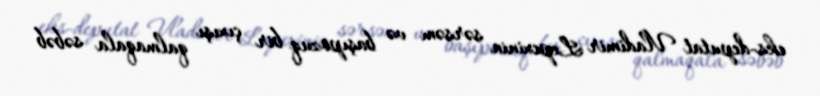
eks-deputat Vladimir Lepexinin sərsəm və başıpozuq bir çıxışı qalmaqala səbəb